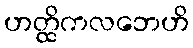
ဟတ္ထိကလဘေဟိ